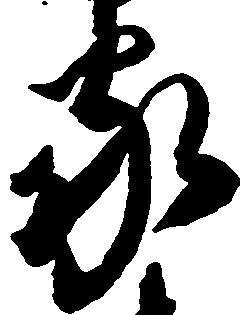
家